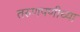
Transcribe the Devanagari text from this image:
तरुणपणीच्या